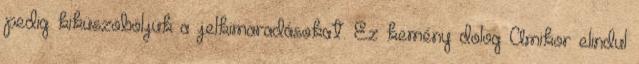
pedig kiküszöböljük a jelkimaradásokat. Ez kemény dolog Amikor elindul